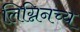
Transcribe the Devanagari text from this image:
लिग्निनच्य